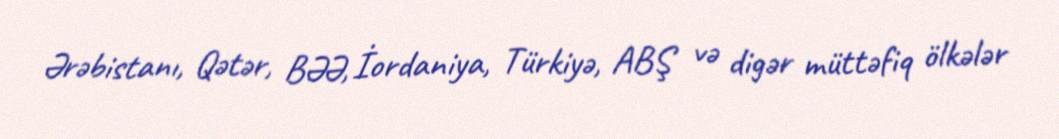
Ərəbistanı, Qətər, BƏƏ, İordaniya, Türkiyə, ABŞ və digər müttəfiq ölkələr